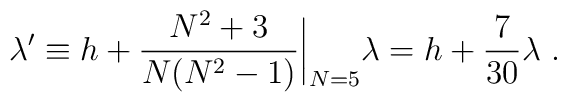
\lambda ' \equiv      h +  {{N^2+3}\over {N(N^2-1)}}\biggl |_{N=5} \lambda      = h + {7\over {30}} \lambda \ .